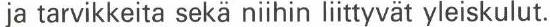
 ja tarvikkeita sekä niihin liittyvät yleiskulut.